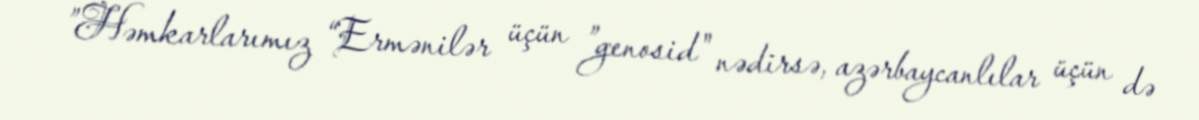
”Həmkarlarımız “Ermənilər üçün ”genosid" nədirsə, azərbaycanlılar üçün də